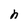
Character: h